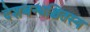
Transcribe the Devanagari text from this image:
देशबन्धश्चितस्य